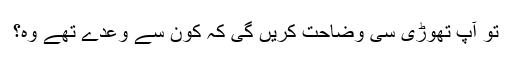
تو آپ تھوڑی سی وضاحت کریں گی کہ کون سے وعدے تھے وہ؟